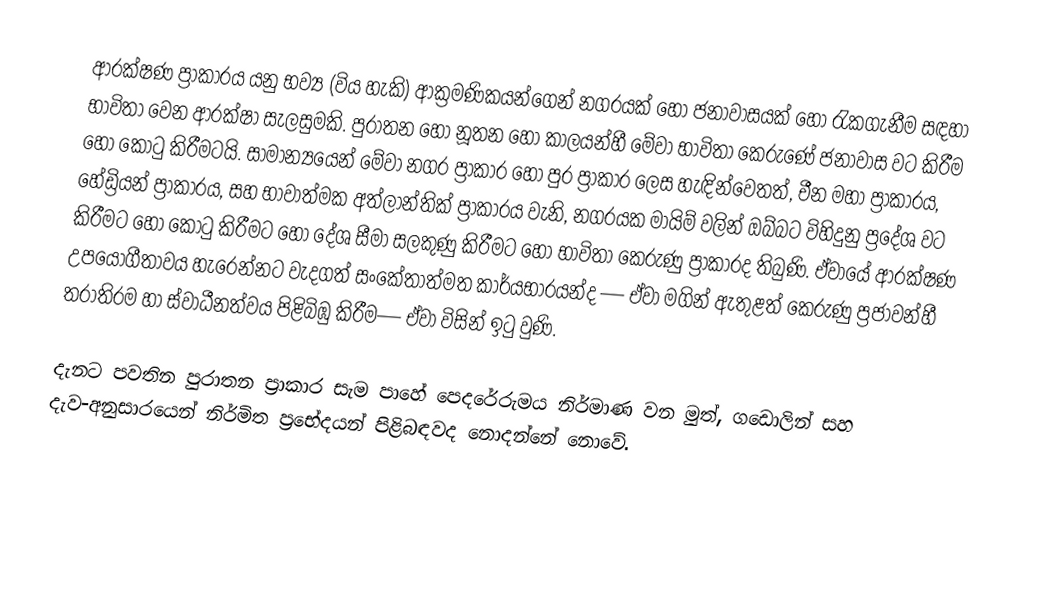
ආරක්ෂණ ප්‍රාකාරය යනු භව්‍ය (විය හැකි) ආක්‍රමණිකයන්ගෙන් නගරයක් හෝ ජනාවාසයක් හෝ රැකගැනීම සඳහා භාවිතා වෙන    ආරක්ෂා සැලසුමකි. පුරාතන හෝ නූතන හෝ කාලයන්හී මේවා භාවිතා කෙරුණේ ජනාවාස වට කිරීම හෝ කොටු කිරීමටයි. සාමාන්‍යයෙන් මේවා නගර ප්‍රාකාර හෝ  පුර ප්‍රාකාර ලෙස හැඳින්වෙතත්, චීන මහා ප්‍රාකාරය, හේඩ්‍රියන් ප්‍රාකාරය, සහ භාවාත්මක  අත්ලාන්තික් ප්‍රාකාරය වැනි, නගරයක මායිම් වලින් ඔබ්බට විහිදුනු ප්‍රදේශ වට කිරීමට හෝ කොටු කිරීමට හෝ දේශ සීමා සලකුණු කිරීමට හෝ භාවිතා කෙරුණු ප්‍රාකාරද තිබුණි. ඒවායේ ආරක්ෂණ උපයෝගීතාවය හැරෙන්නට වැදගත් සංකේතාත්මත කාර්යභාරයන්ද — ඒවා මගින් ඇතුළත් කෙරුණු ප්‍රජාවන්හී තරාතිරම හා ස්වාධීනත්වය පිළිබිඹු කිරීම—  ඒවා  විසින් ඉටු වුණි.

දැනට පවතින පුරාතන ප්‍රාකාර සැම පාහේ පෙදරේරුමය නිර්මාණ වන මුත්, ගඩොලින් සහ දැව-අනුසාරයෙන්  නිර්මිත ප්‍රභේදයන් පිළිබඳවද නොදන්නේ නොවේ.